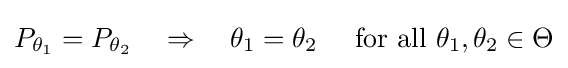
P_{\theta _{1}}=P_{\theta _{2}}\quad \Rightarrow \quad \theta _{1}=\theta _{2}\quad \ {\text{for all }}\theta _{1},\theta _{2}\in \Theta